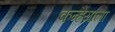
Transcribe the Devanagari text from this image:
कन्हैयाला